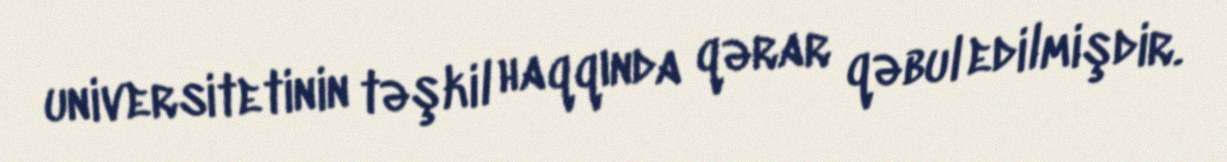
universitetinin təşkil haqqında qərar qəbul edilmişdir.